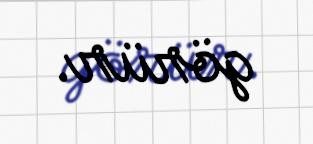
görür.